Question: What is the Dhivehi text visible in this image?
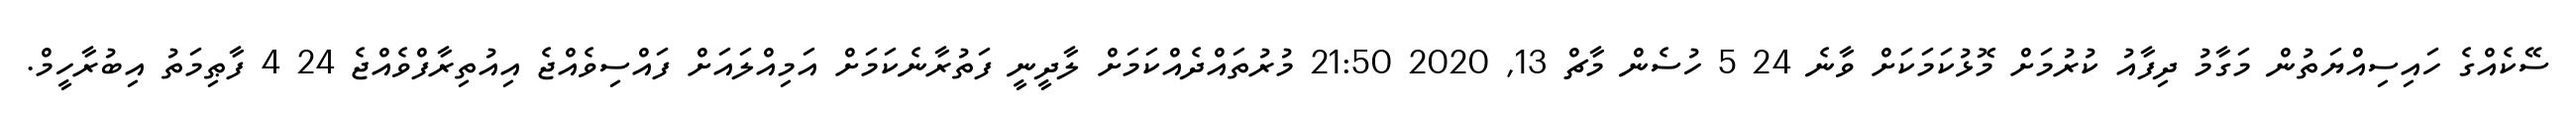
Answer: ސޭކެއްގެ ހައިސިއްޔަތުން މަގާމު ދިފާއު ކުރުމަށް މޮޅުކަމަކަށް ވާނެ 24 5 ހުސެން މާޗް 13, 2020 21:50 މުރުތައްދެއްކަމަށް ލާދީނީ ފަތުރާނެކަމަށް އަމިއްލައަށް ފައްސިވެއްޖެ އިއުތިރާފްވެއްޖެ 24 4 ފާޠިމަތު އިބުރާހީމް.